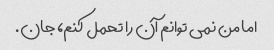
اما من نمی توانم آن را تحمل کنم، جان.